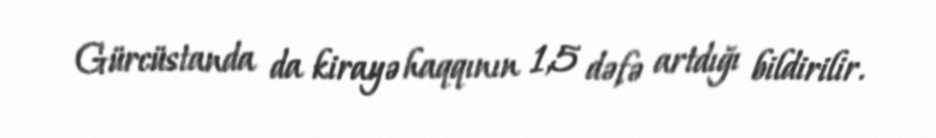
Gürcüstanda da kirayə haqqının 1,5 dəfə artdığı bildirilir.